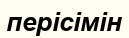
перісімін